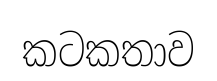
කටකතාව